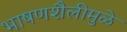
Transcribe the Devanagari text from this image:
भाषणशैलीमुळे